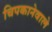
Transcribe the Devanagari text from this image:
चिपकानेवाले